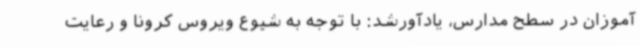
آموزان در سطح مدارس، یادآورشد: با توجه به شیوع ویروس کرونا و رعایت